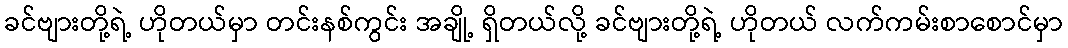
ခင်ဗျားတို့ရဲ့ ဟိုတယ်မှာ တင်းနစ်ကွင်း အချို့ ရှိတယ်လို့ ခင်ဗျားတို့ရဲ့ ဟိုတယ် လက်ကမ်းစာစောင်မှာ